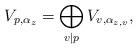
LaTeX: \begin{align*}V_{p,\alpha_z} = \bigoplus_{v\mid p} V_{v,\alpha_{z,v}},\end{align*}